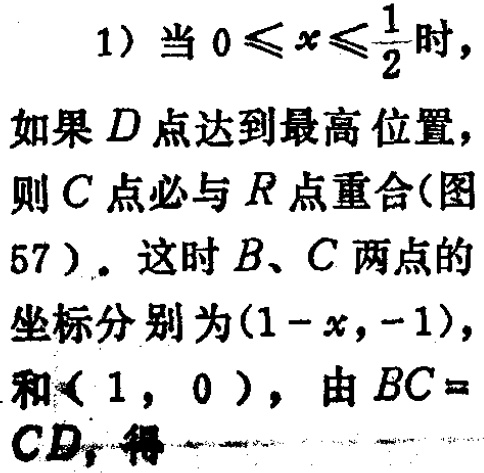
1) 当 \(0\leqslant x\leqslant\frac{1}{2}\) 时，
如果 \(D\) 点达到最高位置，
则 \(C\) 点必与 \(R\) 点重合(图
57)。这时 \(B、C\) 两点的
坐标分别为\((1 - x,-1)\)，
和\((1,0)\)，由 \(BC =\)
\(CD\)，得